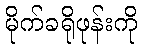
မိုက်ခရိုဖုန်းကို